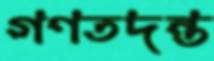
গণতদন্ত